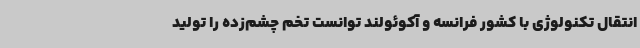
انتقال تکنولوژی با کشور فرانسه و آکوئولند توانست تخم چشم‌زده را تولید